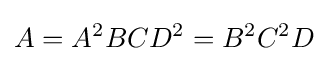
A=A^{2}BCD^{2}=B^{2}C^{2}D